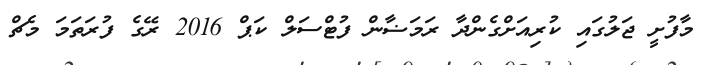
މާފުށީ ޖަލުގައި ކުރިއަށްގެންދާ ރަމަޟާން ފުޓްސަލް ކަޕް 2016 ރޭގެ ފުރަތަމަ މެޗް